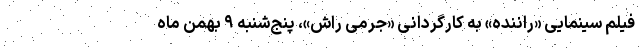
فیلم سینمایی «راننده» به کارگردانی «جرمی راش»، پنج‌شنبه ۹ بهمن ماه